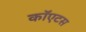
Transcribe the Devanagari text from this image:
कॉएटस